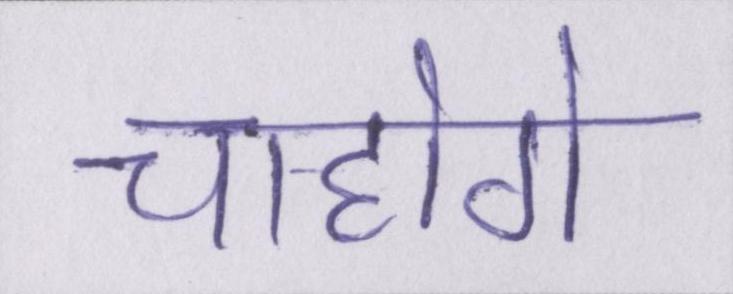
चाहोगे